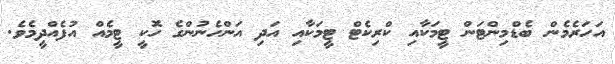
އަހަރެމެން ބެޑްމިންޓަން ޓީމަކާއި ކްރިކެޓް ޓީމަކާއި އަދި އަންހެނުންގެ ހޮކީ ޓީމެއް އުފެއްދީމެވެ.